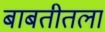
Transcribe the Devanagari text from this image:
बाबतीतला